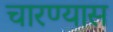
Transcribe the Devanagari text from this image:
चारण्यास